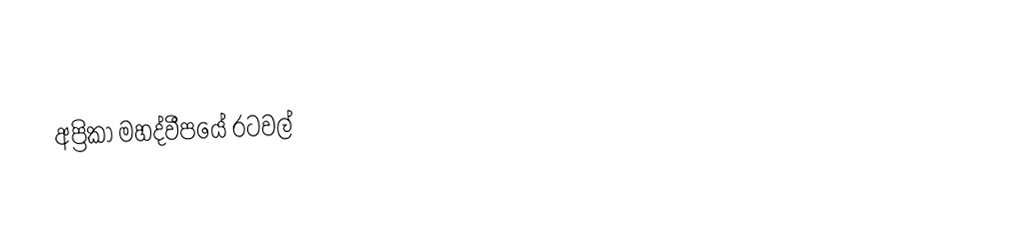
අප්‍රිකා මහද්වීපයේ රටවල්